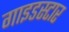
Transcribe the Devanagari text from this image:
गाइडस्टार